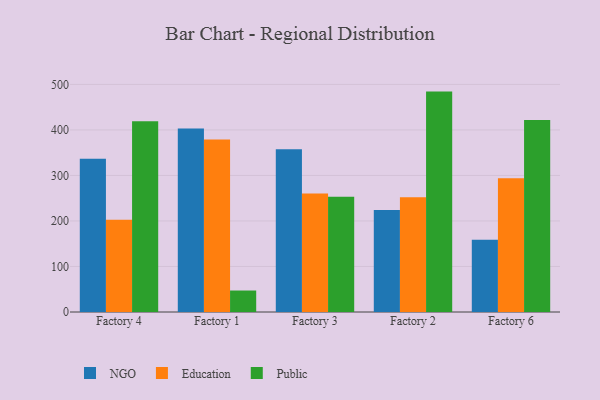
{"axis": {"x": "Factory", "y": "Operating Costs (USD K)"}, "legend": ["Education", "NGO", "Public"], "data": [{"x": "Factory 4", "y": 336.6, "type": "NGO"}, {"x": "Factory 4", "y": 202.6, "type": "Education"}, {"x": "Factory 4", "y": 418.8, "type": "Public"}, {"x": "Factory 1", "y": 403.0, "type": "NGO"}, {"x": "Factory 1", "y": 379.0, "type": "Education"}, {"x": "Factory 1", "y": 47.2, "type": "Public"}, {"x": "Factory 3", "y": 357.7, "type": "NGO"}, {"x": "Factory 3", "y": 260.5, "type": "Education"}, {"x": "Factory 3", "y": 253.2, "type": "Public"}, {"x": "Factory 2", "y": 224.3, "type": "NGO"}, {"x": "Factory 2", "y": 252.1, "type": "Education"}, {"x": "Factory 2", "y": 484.2, "type": "Public"}, {"x": "Factory 6", "y": 158.8, "type": "NGO"}, {"x": "Factory 6", "y": 293.7, "type": "Education"}, {"x": "Factory 6", "y": 421.9, "type": "Public"}]}